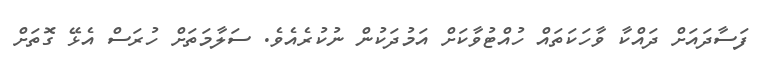
ފަސާދައަށް ދައްކާ ވާހަކަތައް ހުއްޓުވާކަށް އަމުދަކުން ނުކުރެއެވެ. ސަލާމަތަށް ހުރަސް އެޅޭ ގޮތަށް